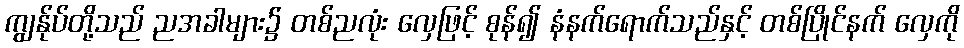
ကျွန်ုပ်တို့သည် ညအခါများ၌ တစ်ညလုံး လှေဖြင့် စုန်၍ နံနက်ရောက်သည်နှင့် တစ်ပြိုင်နက် လှေကို